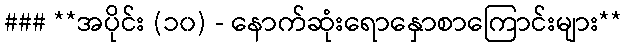
### **အပိုင်း (၁၀) - နောက်ဆုံးရောနှောစာကြောင်းများ**